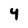
Character: 4